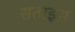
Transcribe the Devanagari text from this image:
सताइस